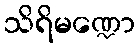
သိရိမဏ္ဍော